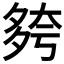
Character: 𡖮